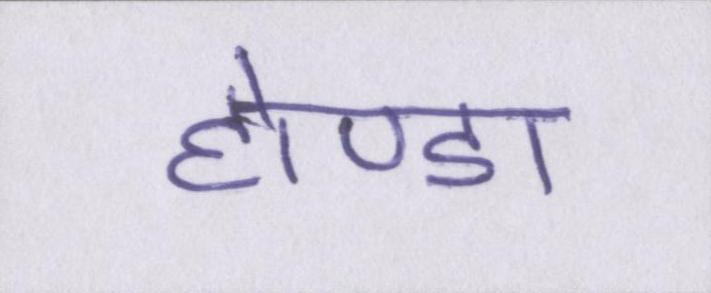
होण्डा